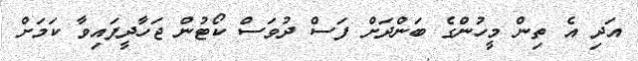
އަދި އެ ތިން މީހުންގެ ބަންދަށް ފަސް ދުވަސް ކޯޓުން ޖަހާދީފައިވާ ކަމަށް